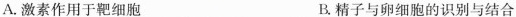
A.激素作用于靶细胞 B.精子与卵细胞的识别与结合